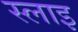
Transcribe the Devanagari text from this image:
स्लाइ